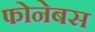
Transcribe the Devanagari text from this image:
फोनेबस